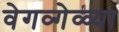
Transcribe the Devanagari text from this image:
वेगव्गेळ्या